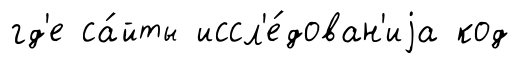
гд'е са́йты иссл'е́дован'иjа код